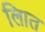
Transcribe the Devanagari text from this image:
लिात